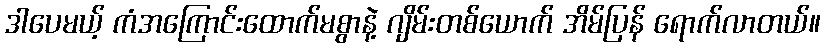
ဒါပေမယ့် ကံအကြောင်းထောက်မစွာနဲ့ ဂျိမ်းတစ်ယောက် အိမ်ပြန် ရောက်လာတယ်။